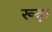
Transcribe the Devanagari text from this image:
रूढ़ा